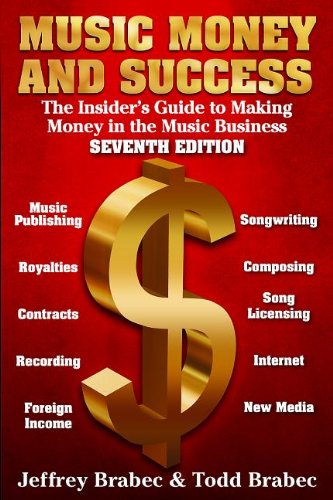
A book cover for Music Money and Success 7th Edition: The Insider's Guide to Making Money in the Music Business; Jeffrey Brabec; Arts & Photography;